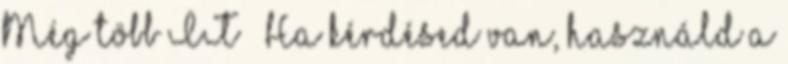
Még több IT » Ha kérdésed van, használd a